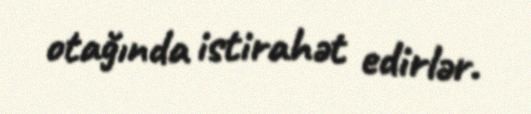
otağında istirahət edirlər.